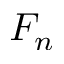
F _ { n }